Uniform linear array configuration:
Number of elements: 4
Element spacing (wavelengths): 0.5
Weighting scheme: blackman
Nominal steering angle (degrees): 0
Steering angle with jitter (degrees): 1.153
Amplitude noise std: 0.05
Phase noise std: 0.05

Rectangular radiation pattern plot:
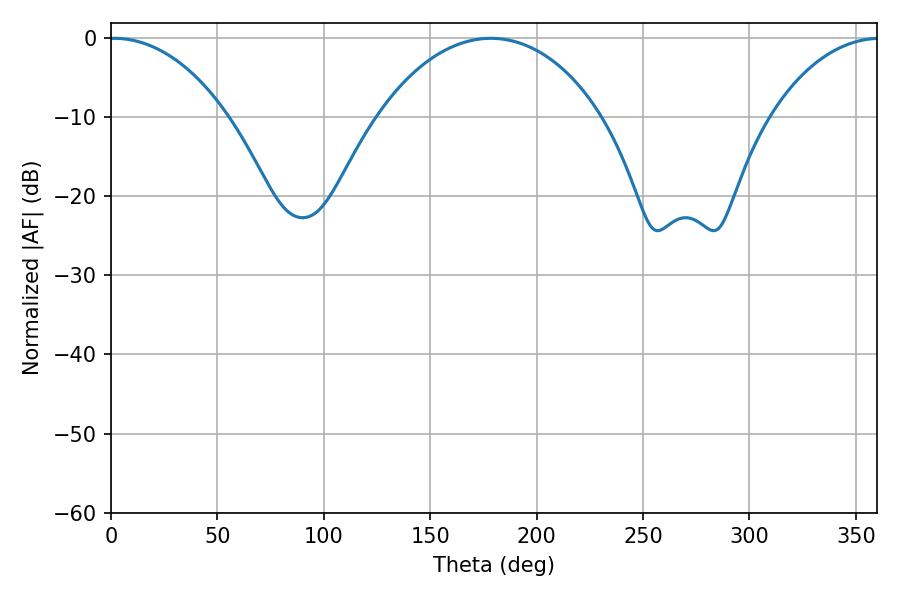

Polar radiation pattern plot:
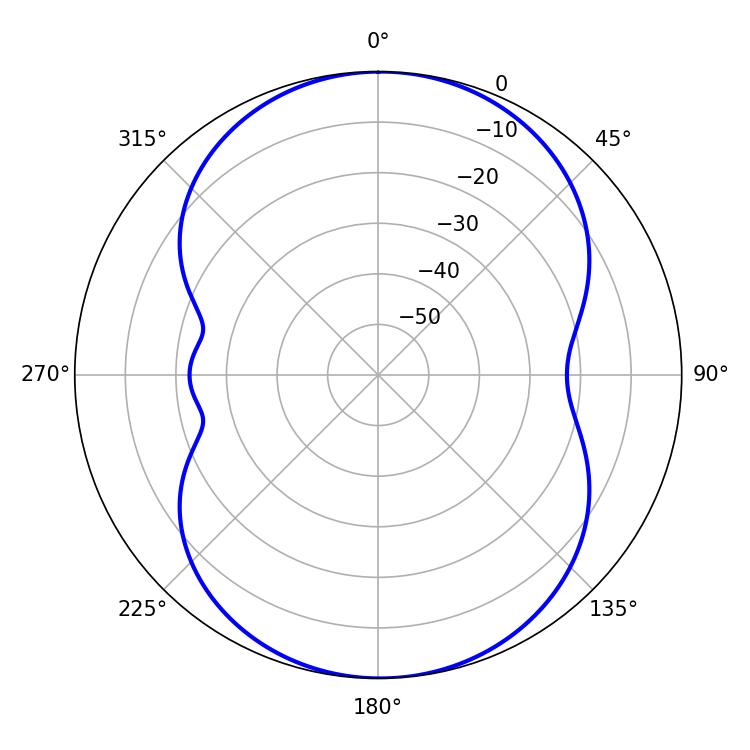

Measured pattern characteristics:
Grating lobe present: FALSE
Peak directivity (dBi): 14.357
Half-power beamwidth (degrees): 59.94
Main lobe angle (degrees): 178.56